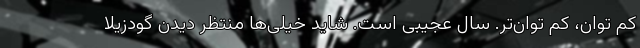
کم توان، کم توان‌تر. سال عجیبی است. شاید خیلی‌ها منتظر دیدن گودزیلا